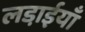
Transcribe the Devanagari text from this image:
लडा़ईयाँ